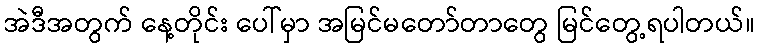
အဲဒီအတွက် နေ့တိုင်း ပေါ်မှာ အမြင်မတော်တာတွေ မြင်တွေ့ရပါတယ်။